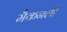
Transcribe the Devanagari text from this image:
मैकनली